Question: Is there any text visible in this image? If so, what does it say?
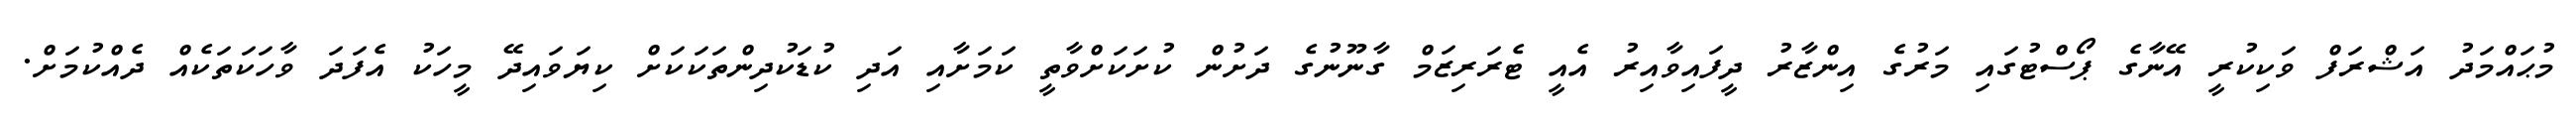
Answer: މުޙައްމަދު އަޝްރަފް ވަކިކުރީ އޭނާގެ ޕޯސްޓުގައި މަރުގެ އިންޒާރު ދީފައިވާއިރު އެއީ ޓެރަރިޒަމް ގާނޫނުގެ ދަށުން ކުށަކަށްވާތީ ކަމަށާއި އަދި ކުޑަކުދިންތަކަކަށް ކިޔަވައިދޭ މީހަކު އެފަދަ ވާހަކަތަކެއް ދެއްކުމަށް.